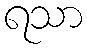
ရသာ